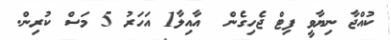
ކުއްޖާ ނިޔާވީ ފިޓް ޖެހިގެން  އާއިލާ1 އަހަރު 5 މަސް ކުރިން.